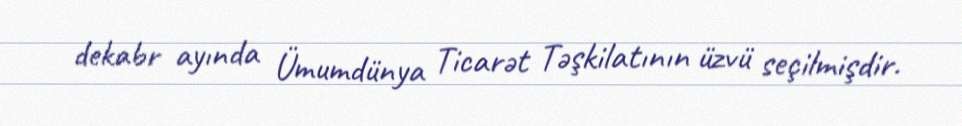
dekabr ayında Ümumdünya Ticarət Təşkilatının üzvü seçilmişdir.